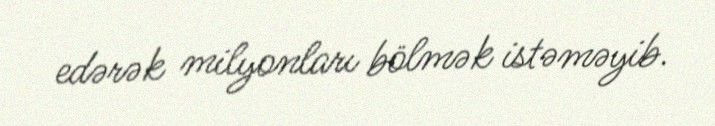
edərək milyonları bölmək istəməyib.